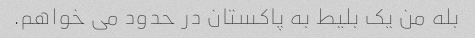
بله من یک بلیط به پاکستان در حدود می خواهم.